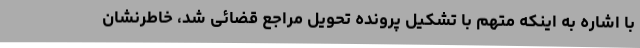
با اشاره به اینکه متهم با تشکیل پرونده تحویل مراجع قضائی شد، خاطرنشان